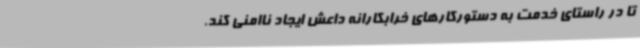
تا در راستای خدمت به دستورکارهای خرابکارانه داعش ایجاد ناامنی کند.